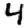
Digit: 4